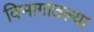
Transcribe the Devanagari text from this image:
विभागातल्या